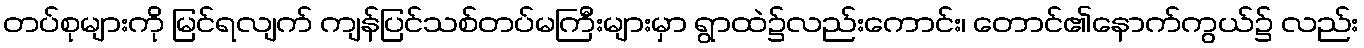
တပ်စုများကို မြင်ရလျက် ကျန်ပြင်သစ်တပ်မကြီးများမှာ ရွာထဲ၌လည်းကောင်း၊ တောင်၏နောက်ကွယ်၌ လည်း